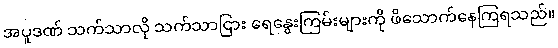
အပူဒဏ် သက်သာလို သက်သာငြား ရေနွေးကြမ်းများကို ဖိသောက်နေကြရသည်။